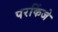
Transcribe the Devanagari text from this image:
परकिंजे